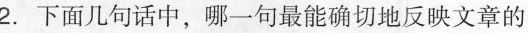
2.下面几句话中，哪一句最能确切地反映文章的